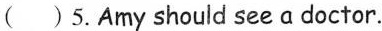
( ) 5.Amy should see a doctor.